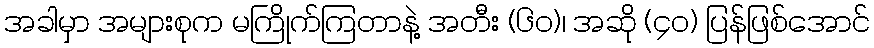
အခါမှာ အများစုက မကြိုက်ကြတာနဲ့ အတီး (၆၀)၊ အဆို (၄၀) ပြန်ဖြစ်အောင်